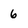
Character: 6